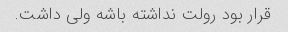
قرار بود رولت نداشته باشه ولی داشت.